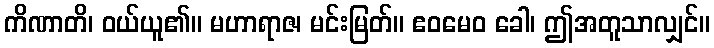
ကိဏာတိ၊ ဝယ်ယူ၏။ မဟာရာဇ၊ မင်းမြတ်။ ဧဝမေဝ ခေါ၊ ဤအတူသာလျှင်။